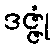
ဒဇ္ဇုံ